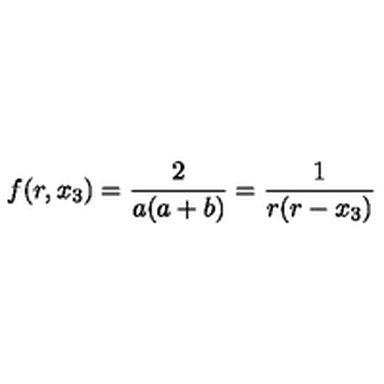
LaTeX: f ( r , x _ { 3 } ) = \frac 2 { a ( a + b ) } = \frac 1 { r ( r - x _ { 3 } ) }